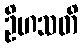
ဦဟသတိ